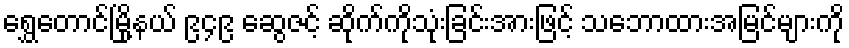
ရွှေတောင်မြို့နယ် ၉၄၉ ဆွေဇင့် ဆိုက်ကိုသုံးခြင်းအားဖြင့် သဘောထားအမြင်များကို